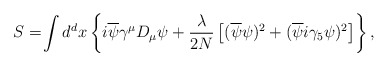
\begin{align*}S=\!\int d^d x \left\{ i \overline{\psi}\gamma^\mu D_\mu \psi +{\lambda \over 2N} \left[ (\overline{\psi}\psi)^2+(\overline{\psi} i \gamma_5 \psi)^2 \right] \right\},\end{align*}